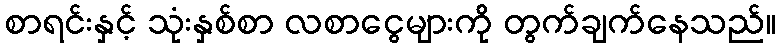
စာရင်းနှင့် သုံးနှစ်စာ လစာငွေများကို တွက်ချက်နေသည်။